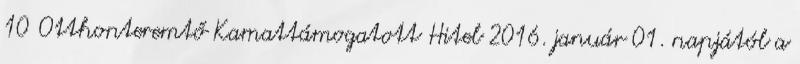
10 Otthonteremtő Kamattámogatott Hitel 2016. január 01. napjától a